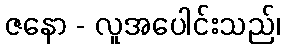
ဇနော - လူအပေါင်းသည်၊